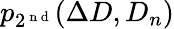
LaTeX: p_{2^{\mathrm{~n~d~}}}(\Delta D,D_{n})